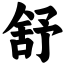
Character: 舒